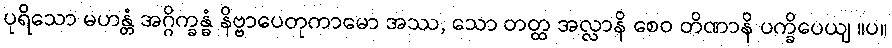
ပုရိသော မဟန္တံ အဂ္ဂိက္ခန္ဓံ နိဗ္ဗာပေတုကာမော အဿ, သော တတ္ထ အလ္လာနိ စေဝ တိဏာနိ ပက္ခိပေယျ ။ပ။